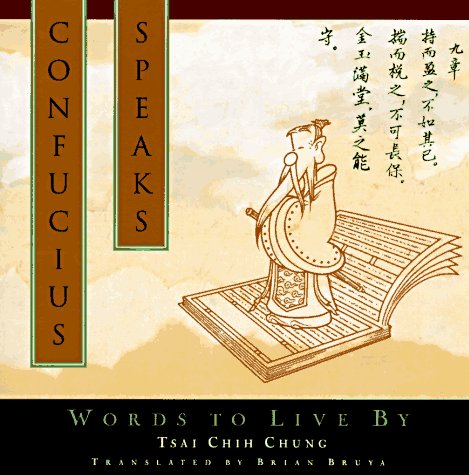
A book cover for Confucius Speaks: Words to Live By; Tsai Chih Chung; Religion & Spirituality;